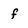
Character: f